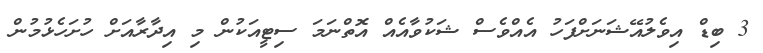
3 ބިޑް އިވެލުއޭޝަނަށްފަހު އެއްވެސް ޝަކުވާއެއް އޮތްނަމަ ސިޓީއަކުން މި އިދާރާއަށް ހުށަހެޅުމުން